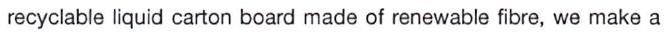
recyclable liquid carton board made of renewable fibre, we make a